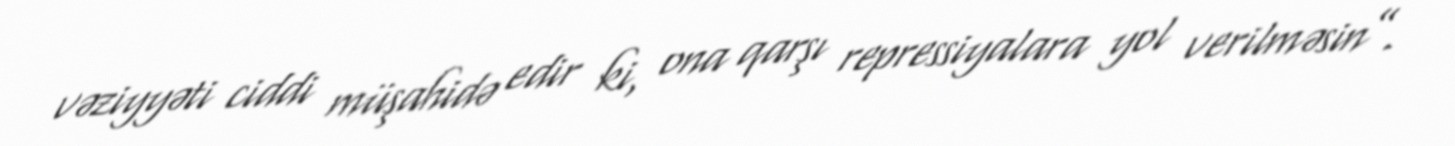
vəziyyəti ciddi müşahidə edir ki, ona qarşı repressiyalara yol verilməsin”.